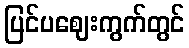
ပြင်ပဈေးကွက်တွင်